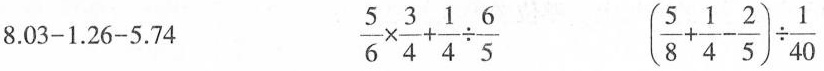
$$8 . 0 3 - 1 . 2 6 - 5 . 7 4$$ $$\frac { 5 } { 6 } \times \frac { 3 } { 4 } + \frac { 1 } { 4 } \div \frac { 6 } { 5 }$$ $$( \frac { 5 } { 8 } + \frac { 1 } { 4 } - \frac { 2 } { 5 } ) \div \frac { 1 } { 4 0 }$$